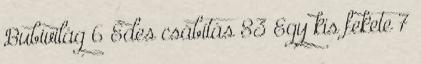
Bubivilág 6 Édes csábítás 83 Egy kis fekete 7